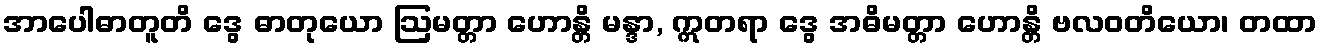
အာပေါဓာတူတိ ဒွေ ဓာတုယော ဩမတ္တာ ဟောန္တိ မန္ဒာ, ဣတရာ ဒွေ အဓိမတ္တာ ဟောန္တိ ဗလဝတိယော၊ တထာ